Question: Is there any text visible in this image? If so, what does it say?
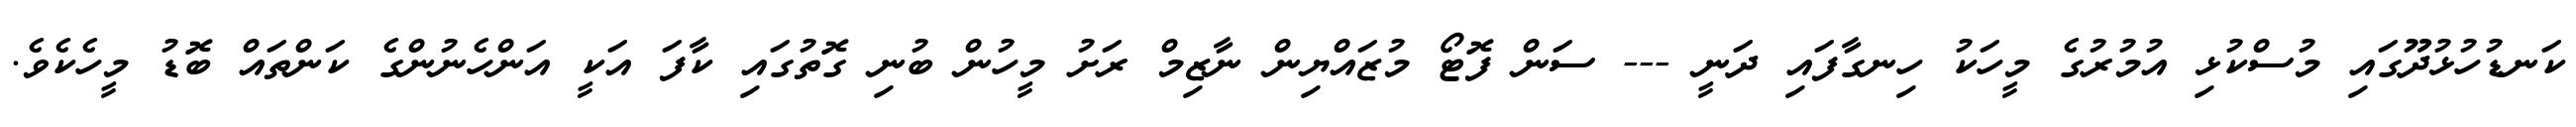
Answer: ކަނޑުހުޅުދޫގައި މުސްކުޅި އުމުރުގެ މީހަކު ހިނގާފައި ދަނީ --- ސަން ފޮޓޯ މުޒައްޔިން ނާޒިމް ރަށު މީހުން ބުނި ގޮތުގައި ކާފަ އަކީ އަންހެނުންގެ ކަންތައް ބޮޑު މީހެކެވެ.